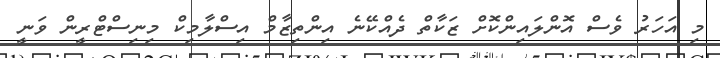
މި އަަހަރު ވެސް އޮންލައިންކޮށް ޒަކާތް ދެއްކޭނެ އިންތިޒާމް އިސްލާމިކް މިނިސްޓްރީން ވަނީ